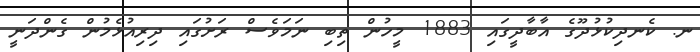
ނ. ކެނދިކުޅުދޫގެ އާބާދީގައި 1883 މީހުން ތިބި ނަމަވެސް ރަށުގައި ދިރިއުޅެމުން ގެންދަނީ